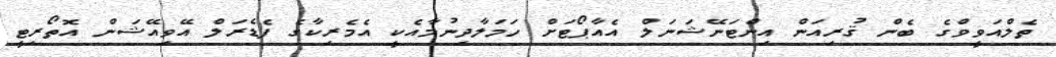
ތެލްއަވީވްގެ ބެން ޤުރިއަން އިންޓަނޭޝަނަލް އެއާޕޯޓަށް ހަމަލާދިނުމާއެކީ އެމެރިކާގެ ފެޑެރަލް އޭވިއޭޝަން އޮތޯރިޓީ